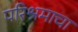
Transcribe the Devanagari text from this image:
परिश्रमाचा